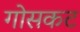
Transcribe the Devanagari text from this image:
गोसकट